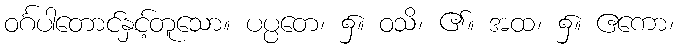
ဝင်္ဂပါတောင်နှင့်တူသော။ ပပ္ပတေ၊ ၌။ ဝသိ၊ ၏။ အထ၊ ၌။ ဧကော၊